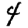
Digit: 4